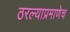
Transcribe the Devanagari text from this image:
ठरल्याप्रमाणेच